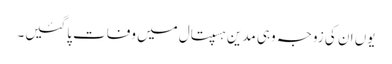
یوں ان کی زوجہ وہی مدین ہسپتال میں وفات پاگئیں۔